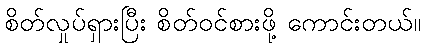
စိတ်လှုပ်ရှားပြီး စိတ်ဝင်စားဖို့ ကောင်းတယ်။